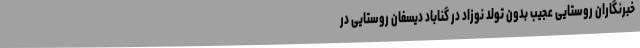
خبرنگاران روستایی عجیب بدون تولد نوزاد در گناباد دیسفان روستایی در